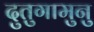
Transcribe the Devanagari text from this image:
दुतुगामुनु